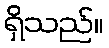
ရှိသည်။